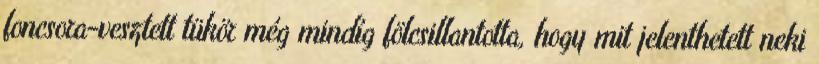
foncsora-vesztett tükör még mindíg fölcsillantotta, hogy mit jelenthetett neki